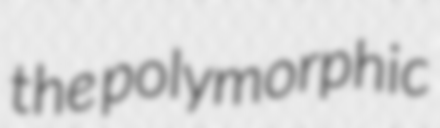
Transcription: the polymorphic